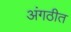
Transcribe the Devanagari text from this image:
अंगठीत